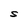
Character: S